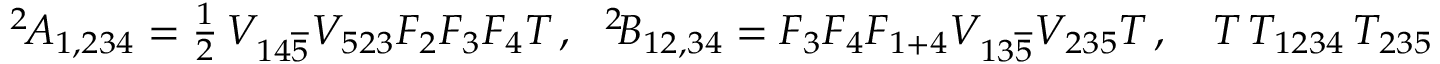
\begin{array} { r } { ^ { 2 \! } A _ { 1 , 2 3 4 } = \frac 1 2 \, V _ { 1 4 \overline { 5 } } V _ { 5 2 3 } { F } _ { 2 } { F } _ { 3 } { F } _ { 4 } T \, , \ \ { ^ 2 \! } B _ { 1 2 , 3 4 } = F _ { 3 } F _ { 4 } F _ { 1 + 4 } V _ { 1 3 \overline { 5 } } V _ { 2 3 5 } T \, , \quad T \= \, T _ { 1 2 3 4 } \, T _ { 2 3 5 } \, , } \end{array}